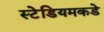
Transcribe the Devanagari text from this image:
स्टेडियमकडे